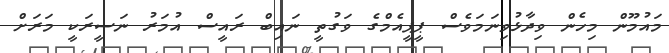
މައުމޫން މިހެން ވިދާޅުވިނަމަވެސް ޕީޕީއެމްގެ ވަގުތީ ނައިބް ރައީސް އުމަރު ނަސީރަކީ މަރަށް